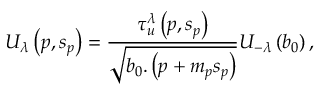
U _ { \lambda } \left( p , s _ { p } \right) = \frac { \tau _ { u } ^ { \lambda } \left( p , s _ { p } \right) } { \sqrt { b _ { 0 } . \left( p + m _ { p } s _ { p } \right) } } U _ { - \lambda } \left( b _ { 0 } \right) ,